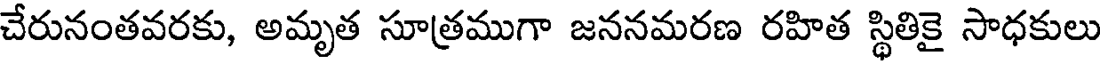
చేరునంతవరకు, అమృత సూత్రముగా జననమరణ రహిత స్థితికై సాధకులు